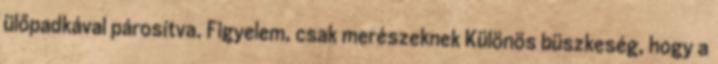
ülőpadkával párosítva. Figyelem, csak merészeknek Különös büszkeség, hogy a